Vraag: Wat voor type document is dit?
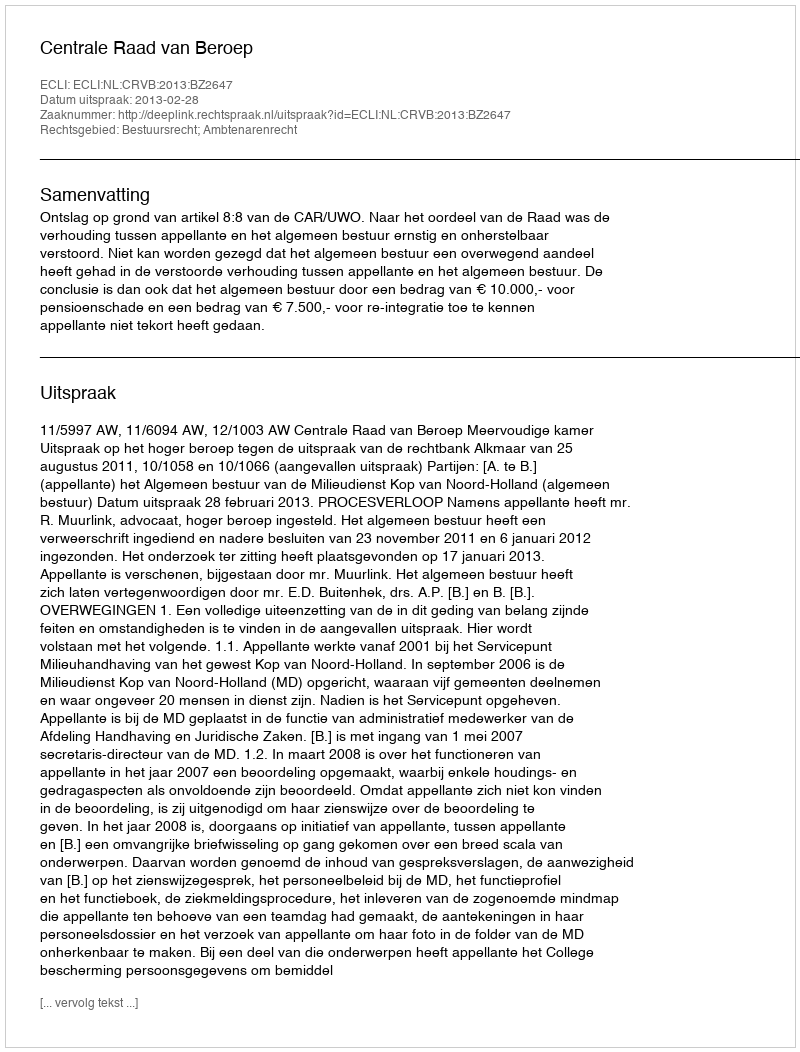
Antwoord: Uitspraak